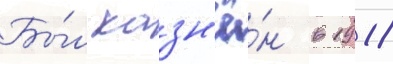
Бы́л казн'ё́н в 1918